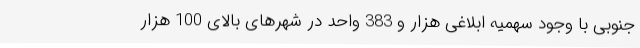
جنوبی با وجود سهمیه ابلاغی هزار و 383 واحد در شهرهای بالای 100 هزار